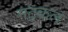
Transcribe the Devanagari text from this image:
मट्कल